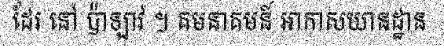
ដែរ នៅ ប៉ាឡាវ ។ គមនាគមន៍ អាកាសយានដ្ឋាន